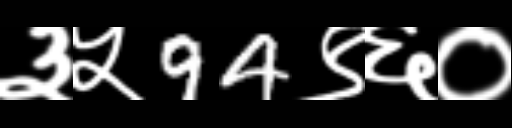
Text: ३५94९६०